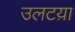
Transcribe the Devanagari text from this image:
उलटय़ा